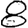
Digit: 8